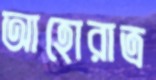
আহোরাত্র